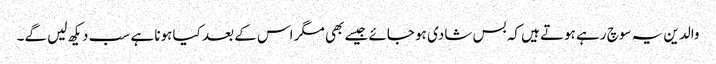
والدین یہ سوچ رہے ہوتے ہیں کہ بس شادی ہو جائے جیسے بھی مگر اس کے بعد کیا ہونا ہے سب دیکھ لیں گے۔